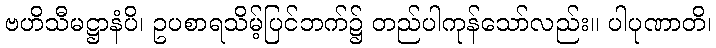
ဗဟိသီမဋ္ဌာနံပိ၊ ဥပစာရသိမ့်ပြင်ဘက်၌ တည်ပါကုန်သော်လည်း။ ပါပုဏာတိ၊